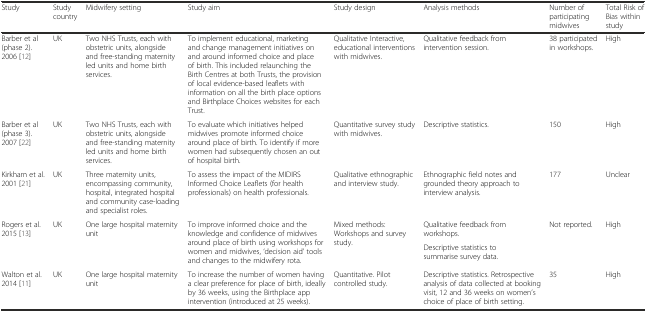
<table><thead><tr><td><b>Study</b></td><td><b>Study country</b></td><td><b>Midwifery setting</b></td><td><b>Study aim</b></td><td><b>Study design</b></td><td><b>Analysis methods</b></td><td><b>Number of participating midwives</b></td><td><b>Total Risk of Bias within study</b></td></tr></thead><tbody><tr><td>Barber et al (phase 2). 2006 [12]</td><td>UK</td><td>Two NHS Trusts, each with obstetric units, alongside and free-standing maternity led units and home birth services.</td><td>To implement educational, marketing and change management initiatives on and around informed choice and place of birth. This included relaunching the Birth Centres at both Trusts, the provision of local evidence-based leaflets with information on all the birth place options and Birthplace Choices websites for each Trust.</td><td>Qualitative Interactive, educational interventions with midwives.</td><td>Qualitative feedback from intervention session.</td><td>38 participated in workshops.</td><td>High</td></tr><tr><td>Barber et al (phase 3). 2007 [22]</td><td>UK</td><td>Two NHS Trusts, each with obstetric units, alongside and free-standing maternity led units and home birth services.</td><td>To evaluate which initiatives helped midwives promote informed choice around place of birth. To identify if more women had subsequently chosen an out of hospital birth.</td><td>Quantitative survey study with midwives.</td><td>Descriptive statistics.</td><td>150</td><td>High</td></tr><tr><td>Kirkham et al. 2001 [21]</td><td>UK</td><td>Three maternity units, encompassing community, hospital, integrated hospital and community case-loading and specialist roles.</td><td>To assess the impact of the MIDIRS Informed Choice Leaflets (for health professionals) on health professionals.</td><td>Qualitative ethnographic and interview study.</td><td>Ethnographic field notes and grounded theory approach to interview analysis.</td><td>177</td><td>Unclear</td></tr><tr><td rowspan="2">Rogers et al. 2015 [13]</td><td rowspan="2">UK</td><td rowspan="2">One large hospital maternity unit</td><td rowspan="2">To improve informed choice and the knowledge and confidence of midwives around place of birth using workshops for women and midwives, ‘decision aid’ tools and changes to the midwifery rota.</td><td rowspan="2">Mixed methods:Workshops and survey study.</td><td>Qualitative feedback from workshops.</td><td rowspan="2">Not reported.</td><td rowspan="2">High</td></tr><tr><td>Descriptive statistics to summarise survey data.</td></tr><tr><td>Walton et al. 2014 [11]</td><td>UK</td><td>One large hospital maternity unit</td><td>To increase the number of women having a clear preference for place of birth, ideally by 36 weeks, using the Birthplace app intervention (introduced at 25 weeks).</td><td>Quantitative. Pilot controlled study.</td><td>Descriptive statistics. Retrospective analysis of data collected at booking visit, 12 and 36 weeks on women’s choice of place of birth setting.</td><td>35</td><td>High</td></tr></tbody></table>